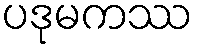
ပဒုမကဿ